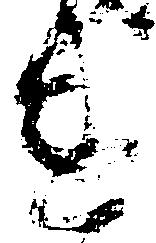
違